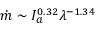
\dot { m } \sim I _ { a } ^ { 0 . 3 2 } { \lambda ^ { - 1 . 3 4 } }